Report on vaccination in Madras 1895-1903 - 1895-1903
Year: 1895
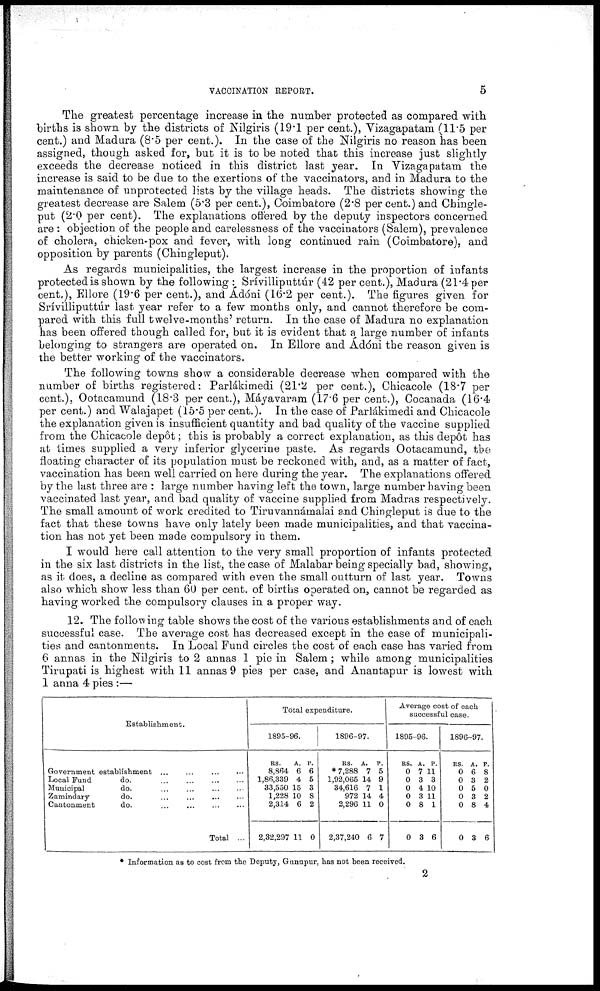
VACCINATION REPORT.
5
The greatest percentage increase in the number protected as compared with
births is shown by the districts of Nilgiris (19.1 per cent.), Vizagapatam (11.5 per
cent.) and Madura (8.5 per cent.). In the case of the Nilgiris no reason has been
assigned, though asked for, but it is to be noted that this increase just slightly
exceeds the decrease noticed in this district last year. In Vizagapatam the
increase is said to be due to the exertions of the vaccinators, and in Madura to the
maintenance of unprotected lists by the village heads. The districts showing the
greatest decrease are Salem (5.3 per cent.), Coimbatore (2.8 per cent.) and Chingle-
put (2.0 per cent). The explanations offered by the deputy inspectors concerned
are : objection of the people and carelessness of the vaccinators (Salem), prevalence
of cholera, chicken-pox and fever, with long continued rain (Coimbatore), and
opposition by parents (Chingleput).
As regards municipalities, the largest increase in the proportion of infants
protected is shown by the following : Srívilliputtúr (42 per cent.), Madura (21.4 per
cent.), Ellore (19.6 per cent.), and Ádóni (16.2 per cent.). The figures given for
Srívilliputtúr last year refer to a few months only, and cannot therefore be com-
pared with this full twelve-months' return. In the case of Madura no explanation
has been offered though called for, but it is evident that a large number of infants
belonging to strangers are operated on. In Ellore and Ádóni the reason given is
the better working of the vaccinators.
The following towns show a considerable decrease when compared with the
number of births registered: Parlákimedi (21.2 per cent.), Chicacole (18.7 per
cent.), Ootacamund (18.3 per cent.), Máyavaram (17.6 per cent.), Cocanada (16.4
per cent.) and Walajapet (15.5 per cent.). In the case of Parlákimedi and Chicacole
the explanation given is insufficient quantity and bad quality of the vaccine supplied
from the Chicacole depôt; this is probably a correct explanation, as this depôt has
at times supplied a very inferior glycerine paste. As regards Ootacamund, the
floating character of its population must be reckoned with, and, as a matter of fact,
vaccination has been well carried on here during the year. The explanations offered
by the last three are : large number having left the town, large number having been
vaccinated last year, and bad quality of vaccine supplied from Madras respectively.
The small amount of work credited to Tiruvannáinalai and Chingleput is due to the
fact that these towns have only lately been made municipalities, and that vaccina-
tion has not yet been made compulsory in them.
I would here call attention to the very small proportion of infants protected
in the six last districts in the list, the case of Malabar being specially bad, showing,
as it does, a decline as compared with even the small outturn of last year. Towns
also which show less than 60 per cent. of births operated on, cannot be regarded as
having worked the compulsory clauses in a proper way.
12. The following table shows the cost of the various establishments and of each
successful case. The average cost has decreased except in the case of municipali-
ties and cantonments. In Local Fund circles the cost of each case has varied from
6 annas in the Nilgiris to 2 annas 1 pie in Salem; while among municipalities
Tirupati is highest with 11 annas 9 pies per case, and Anantapur is lowest with
1 anna 4 pies :—
Establishment.
Government establishment... ... ... ...
Local Fund
do.
...
...
...
...
Municipal
do.
...
...
...
...
Zamindary
do.
...
...
...
...
Cantonment
do. ... ... ... ...
Total ...
Total expenditure.
1895-96.
RS.
8,864
1,86,339
33,550
1,228
2,314
2,32,297
A.
6
4
15
10
6
11
P.
6
5
3
8
2
0
1896-97.
RS.
* 7,288
1,92,065
34,616
972
2,296
2,37,240
A.
7
14
7
14
11
6
P.
5
9
1
4
0
7
Average cost of each
successful case.
1895-96.
RS.
0
0
0
0
0
0
A.
7
3
4
3
8
3
P.
11
3
10
11
1
6
1896-97.
RS.
0
0
0
0
0
0
A.
6
3
5
3
8
3
P.
8
2
0
2
4
6
* Information as to cost from the Deputy, Gunupur, has not been received.
2